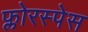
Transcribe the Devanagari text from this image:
फ्लोरस्पेस